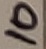
Text: 10